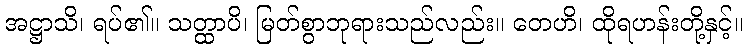
အဋ္ဌာသိ၊ ရပ်၏။ သတ္ထာပိ၊ မြတ်စွာဘုရားသည်လည်း။ တေဟိ၊ ထိုရဟန်းတို့နှင့်။